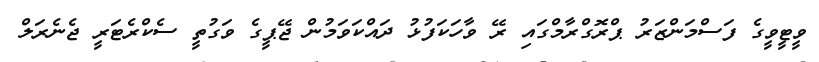
ވީޓީވީގެ ފަސްމަންޒަރު ޕްރޮގްރާމްގައި ރޭ ވާހަކަފުޅު ދައްކަވަމުން ޖޭޕީގެ ވަގުތީ ސެކްރެޓަރީ ޖެނެރަލް